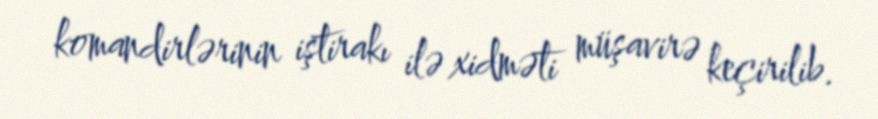
komandirlərinin iştirakı ilə xidməti müşavirə keçirilib.